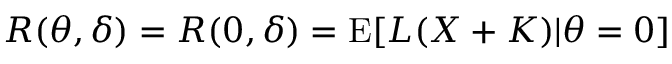
R ( \theta , \delta ) = R ( 0 , \delta ) = \operatorname { E } [ L ( X + K ) | \theta = 0 ]